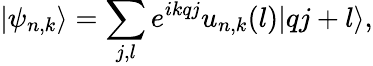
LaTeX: |\psi_{n,k}\rangle=\sum_{j,l}e^{ikqj}u_{n,k}(l)|qj+l\rangle,